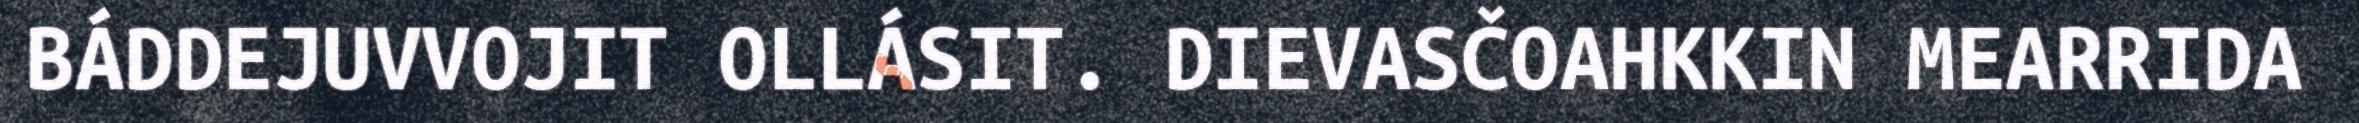
BÁDDEJUVVOJIT OLLÁSIT. DIEVASČOAHKKIN MEARRIDA